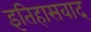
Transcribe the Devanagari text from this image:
इतिहासवाद